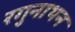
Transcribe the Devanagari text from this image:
रगुनाथन